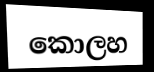
කොලහ